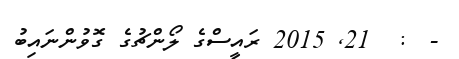
-  :  21